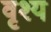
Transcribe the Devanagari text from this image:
वृश्य